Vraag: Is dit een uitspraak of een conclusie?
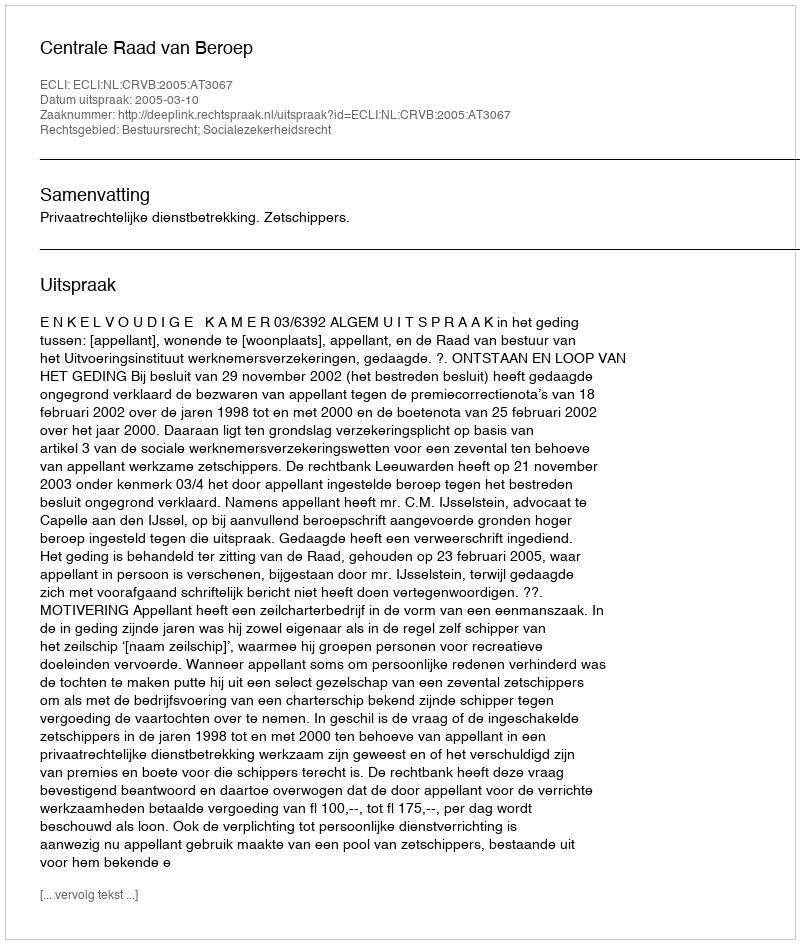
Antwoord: Uitspraak